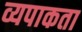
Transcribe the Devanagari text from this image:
व्यपाकता